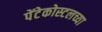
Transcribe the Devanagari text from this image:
पेंटेकोस्टलच्या